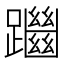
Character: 𨇔